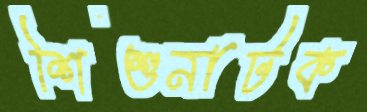
শিশুনাটক